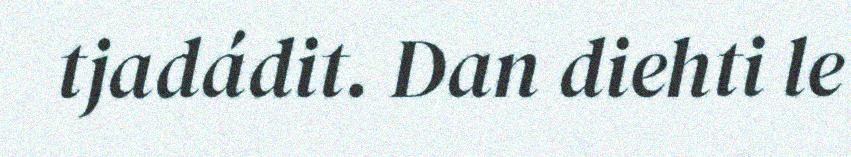
tjadádit. Dan diehti le